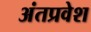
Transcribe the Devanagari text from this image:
अंतप्रवेश